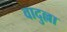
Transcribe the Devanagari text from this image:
वादुल्ला